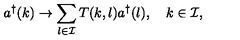
a ^ { \dagger } ( k ) \to \sum _ { l \in { \cal I } } T ( k , l ) a ^ { \dagger } ( l ) , \quad k \in { \cal I } ,